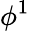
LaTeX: \phi^{1}